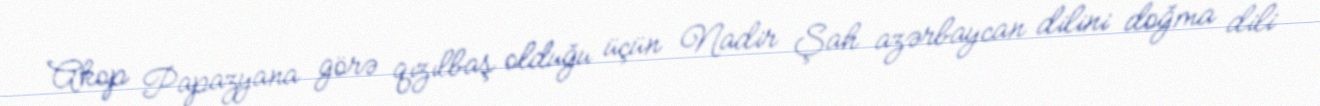
Akop Papazyana görə qızılbaş olduğu üçün Nadir Şah azərbaycan dilini doğma dili